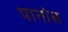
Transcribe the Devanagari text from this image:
पानोस